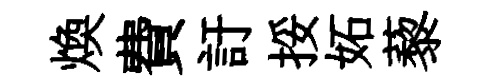
煥費訏挼妬藜